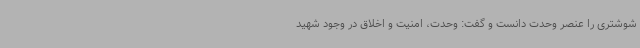
شوشتری را عنصر وحدت دانست و گفت: وحدت، امنیت و اخلاق در وجود شهید